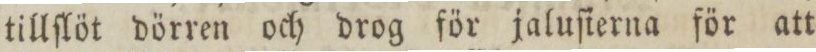
tillſlöt dörren och drog för jaluſierna för att